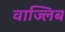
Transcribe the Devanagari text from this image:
वाज्लिब